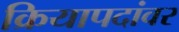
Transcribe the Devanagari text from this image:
क्रियापदांवर